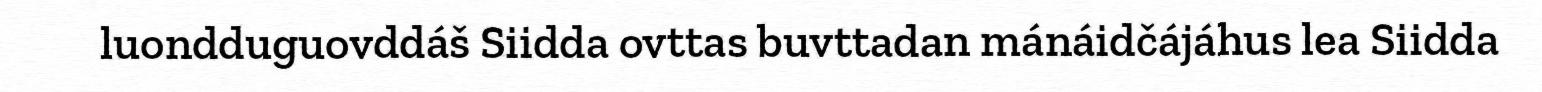
luondduguovddáš Siidda ovttas buvttadan mánáidčájáhus lea Siidda